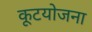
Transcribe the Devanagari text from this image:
कूटयोजना